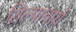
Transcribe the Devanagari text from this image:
शिल्पाचार्य